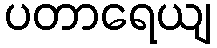
ပတာရေယျ